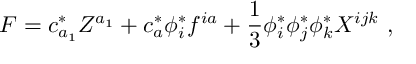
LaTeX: F = c _ { a _ { 1 } } ^ { * } Z ^ { a _ { 1 } } + c _ { a } ^ { * } \phi _ { i } ^ { * } f ^ { i a } + \frac { 1 } { 3 } \phi _ { i } ^ { * } \phi _ { j } ^ { * } \phi _ { k } ^ { * } X ^ { i j k } \ ,